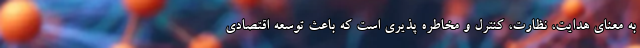
به معنای هدایت، نظارت، کنترل و مخاطره پذیری است که باعث توسعه اقتصادی